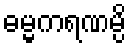
ဓမ္မကရဏမ္ပိ